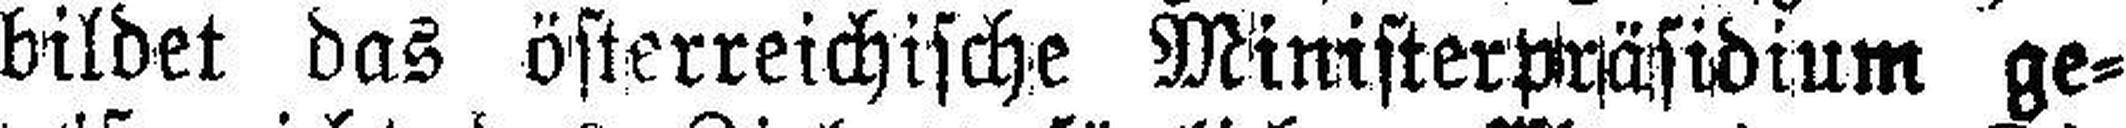
bildet das österreichische Ministerpräsidium ge¬